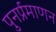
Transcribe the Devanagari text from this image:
पुनर्प्रमाणन